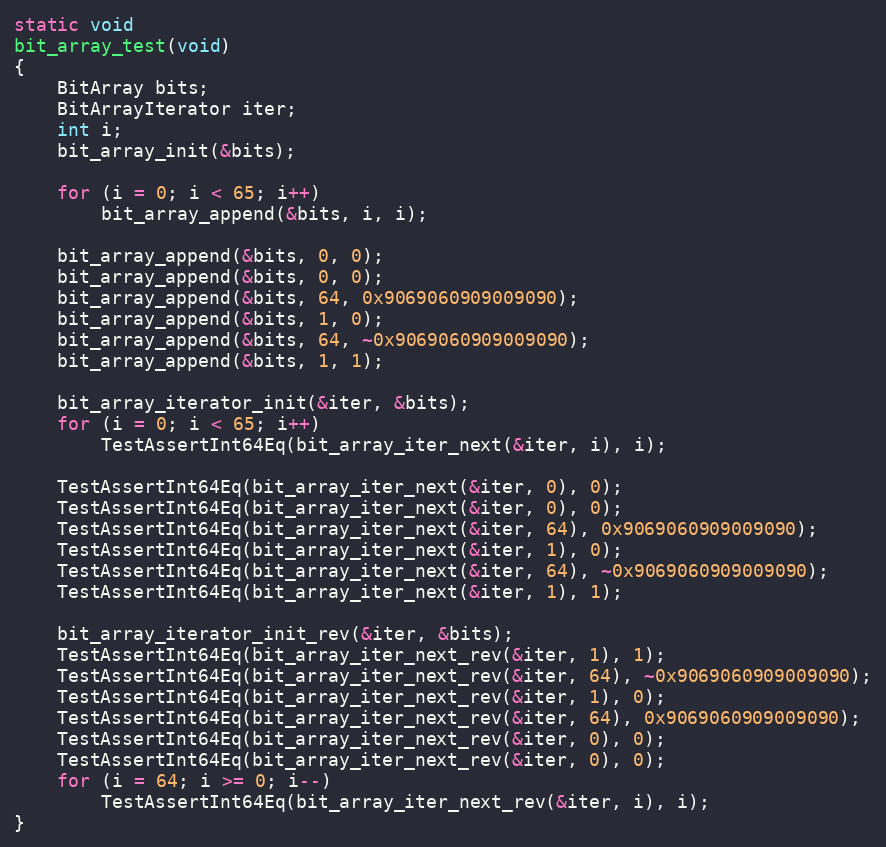
Language: C
static void
bit_array_test(void)
{
	BitArray bits;
	BitArrayIterator iter;
	int i;
	bit_array_init(&bits);

	for (i = 0; i < 65; i++)
		bit_array_append(&bits, i, i);

	bit_array_append(&bits, 0, 0);
	bit_array_append(&bits, 0, 0);
	bit_array_append(&bits, 64, 0x9069060909009090);
	bit_array_append(&bits, 1, 0);
	bit_array_append(&bits, 64, ~0x9069060909009090);
	bit_array_append(&bits, 1, 1);

	bit_array_iterator_init(&iter, &bits);
	for (i = 0; i < 65; i++)
		TestAssertInt64Eq(bit_array_iter_next(&iter, i), i);

	TestAssertInt64Eq(bit_array_iter_next(&iter, 0), 0);
	TestAssertInt64Eq(bit_array_iter_next(&iter, 0), 0);
	TestAssertInt64Eq(bit_array_iter_next(&iter, 64), 0x9069060909009090);
	TestAssertInt64Eq(bit_array_iter_next(&iter, 1), 0);
	TestAssertInt64Eq(bit_array_iter_next(&iter, 64), ~0x9069060909009090);
	TestAssertInt64Eq(bit_array_iter_next(&iter, 1), 1);

	bit_array_iterator_init_rev(&iter, &bits);
	TestAssertInt64Eq(bit_array_iter_next_rev(&iter, 1), 1);
	TestAssertInt64Eq(bit_array_iter_next_rev(&iter, 64), ~0x9069060909009090);
	TestAssertInt64Eq(bit_array_iter_next_rev(&iter, 1), 0);
	TestAssertInt64Eq(bit_array_iter_next_rev(&iter, 64), 0x9069060909009090);
	TestAssertInt64Eq(bit_array_iter_next_rev(&iter, 0), 0);
	TestAssertInt64Eq(bit_array_iter_next_rev(&iter, 0), 0);
	for (i = 64; i >= 0; i--)
		TestAssertInt64Eq(bit_array_iter_next_rev(&iter, i), i);
}